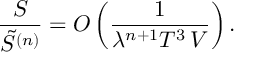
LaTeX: \frac { S } { \tilde { S } ^ { ( n ) } } = O \left( \frac { 1 } { \lambda ^ { n + 1 } { \cal T } ^ { 3 } \, V } \right) .